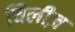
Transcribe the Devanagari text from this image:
चिलीज़